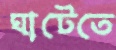
ঘাটেতে